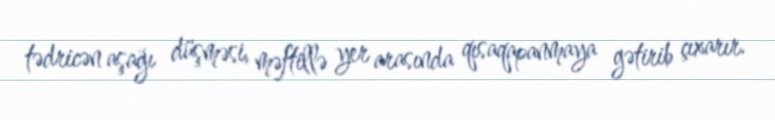
tədricən aşağı düşməsi, məftillə yer arasında qısaqapanmaya gətirib çıxarır.